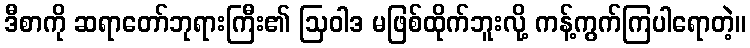
ဒီစာကို ဆရာတော်ဘုရားကြီး၏ ဩဝါဒ မဖြစ်ထိုက်ဘူးလို့ ကန့်ကွက်ကြပါရောတဲ့။